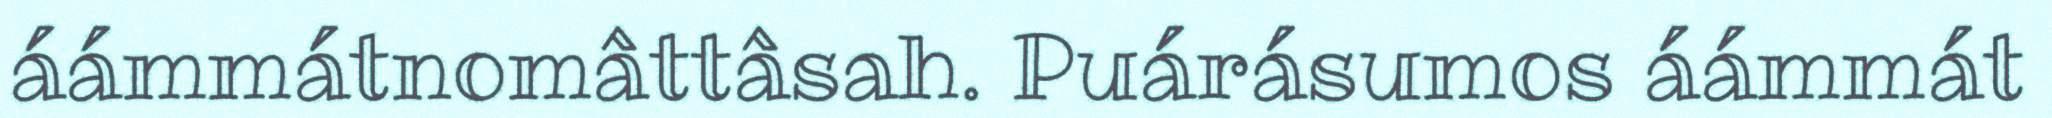
áámmátnomâttâsah. Puárásumos áámmát